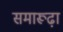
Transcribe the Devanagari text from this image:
समारूढ़ा